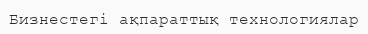
Бизнестегі ақпараттық технологиялар